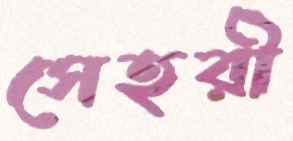
সেহরী